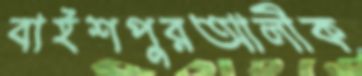
বাইশপুরআলীক